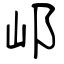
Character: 邖